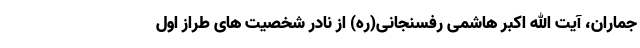
جماران، آیت الله اکبر هاشمی رفسنجانی(ره) از نادر شخصیت های طراز اول